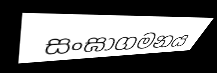
සංඝාගමනය